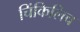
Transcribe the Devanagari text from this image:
चिंकिलिच